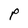
Character: P